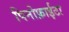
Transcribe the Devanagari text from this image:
पिनोफ़ाईटा